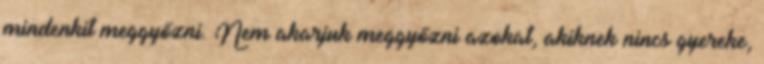
mindenkit meggyőzni. Nem akarjuk meggyőzni azokat, akiknek nincs gyereke,